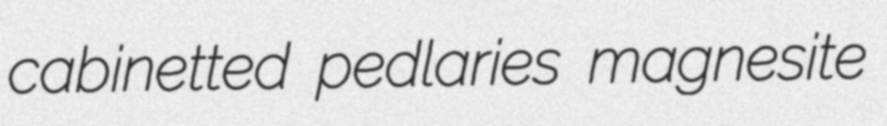
cabinetted pedlaries magnesite